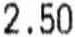
2.50